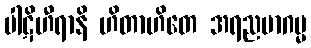
ပါဋိဟီရာနိ ဟိတာဟိတေ အရညမာဂမ္မ